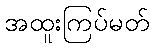
အထူးကြပ်မတ်